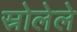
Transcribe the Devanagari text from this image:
स्रोलेले